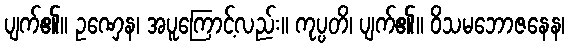
ပျက်၏။ ဥဏှေန၊ အပူကြောင့်လည်း။ ကုပ္ပတိ၊ ပျက်၏။ ဝိသမဘောဇနေန၊